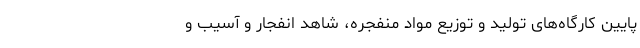
پایینِ کارگاه‌های تولید و توزیع مواد منفجره، شاهد انفجار و آسیب و